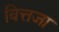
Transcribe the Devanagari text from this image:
वित्तजा